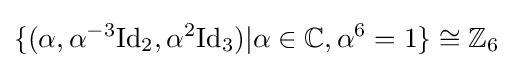
\{(\alpha ,\alpha ^{-3}\mathrm {Id} _{2},\alpha ^{2}\mathrm {Id} _{3})|\alpha \in \mathbb {C} ,\alpha ^{6}=1\}\cong \mathbb {Z} _{6}